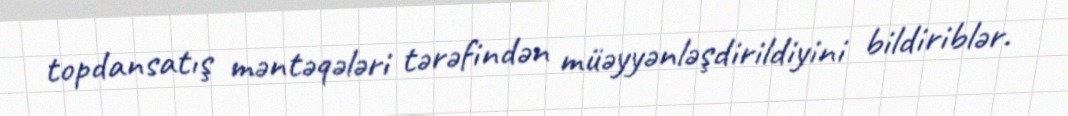
topdansatış məntəqələri tərəfindən müəyyənləşdirildiyini bildiriblər.